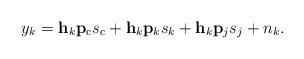
LaTeX: \begin{align*} y_k=\mathbf{h}_k\mathbf{p}_{\mathrm{c}} s_{\mathrm{c}}+\mathbf{h}_k\mathbf{p}_k s_{k}+\mathbf{h}_k\mathbf{p}_j s_{j}+n_k.\end{align*}